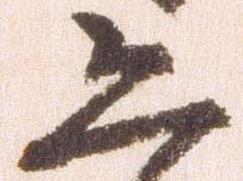
恐